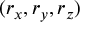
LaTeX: ( r _ { x } , r _ { y } , r _ { z } )